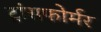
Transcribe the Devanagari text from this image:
ट्रांसफोर्मर